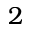
2